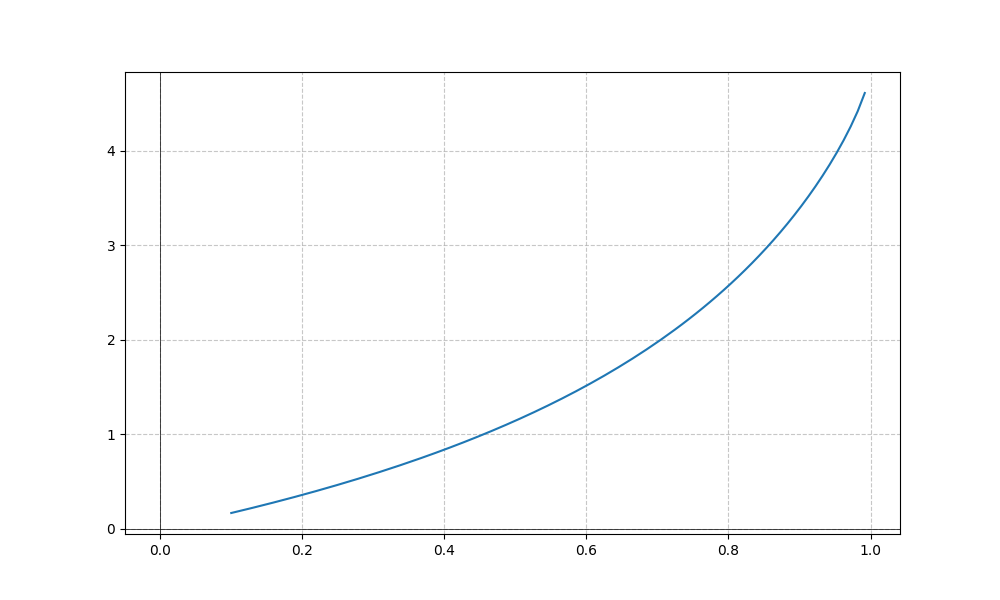
LaTeX formula: \tan{\left(x \right)} \operatorname{acos}{\left(- x \right)}